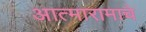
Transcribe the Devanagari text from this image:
आत्मारामाचे